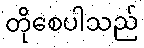
တိုစေပါသည်